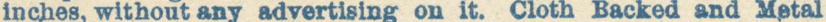
inches, without any advertising on it. Cloth Backed and Metal